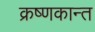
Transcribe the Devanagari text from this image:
क्रष्णकान्त